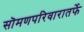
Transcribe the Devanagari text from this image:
सॊमणपरिवारातर्फे